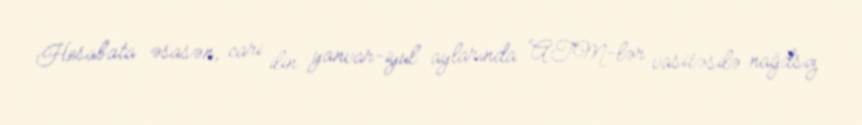
Hesabata əsasən, cari ilin yanvar-iyul aylarında ATM-lər vasitəsilə nağdsız